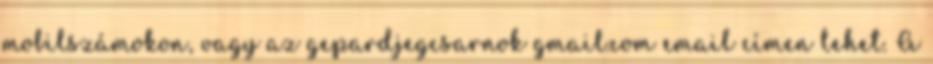
mobilszámokon, vagy az gepardjegcsarnok gmail.com email címen lehet. A